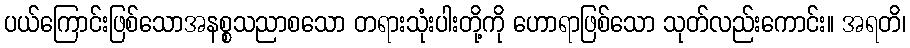
ပယ်ကြောင်းဖြစ်သောအနစ္စသညာစသော တရားသုံးပါးတို့ကို ဟောရာဖြစ်သော သုတ်လည်းကောင်း။ အရတိ၊